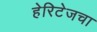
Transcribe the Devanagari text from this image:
हेरिटेजचा